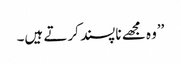
’’وہ مجھے ناپسند کرتے ہیں۔